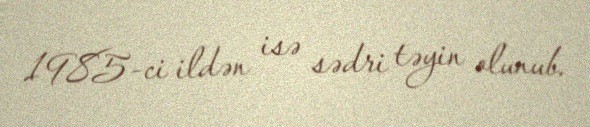
1985-ci ildən isə sədri təyin olunub.